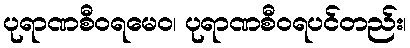
ပုရာဏစီဝရမေဝ၊ ပုရာဏစီဝရပင်တည်း၊